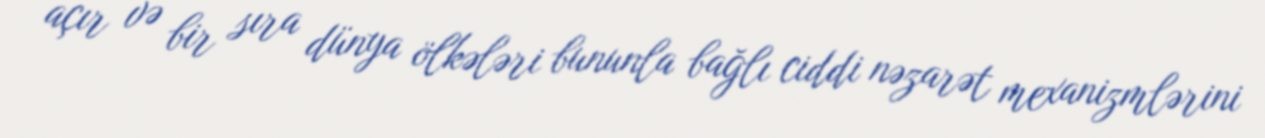
açır və bir sıra dünya ölkələri bununla bağlı ciddi nəzarət mexanizmlərini